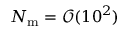
N _ { \mathrm { m } } = \mathcal { O } ( 1 0 ^ { 2 } )